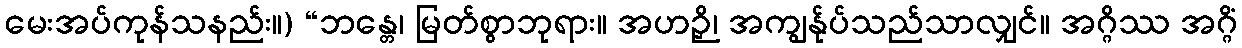
မေးအပ်ကုန်သနည်း။) “ဘန္တေ၊ မြတ်စွာဘုရား။ အဟဉှိ၊ အကျွန်ုပ်သည်သာလျှင်။ အဂ္ဂိဿ အဂ္ဂိံ